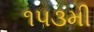
૧૫૩મી